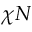
\chi N